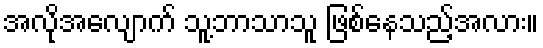
အလိုအလျောက် သူ့ဘာသာသူ ဖြစ်နေသည့်အလား။